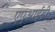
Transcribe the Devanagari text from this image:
एएआईडी